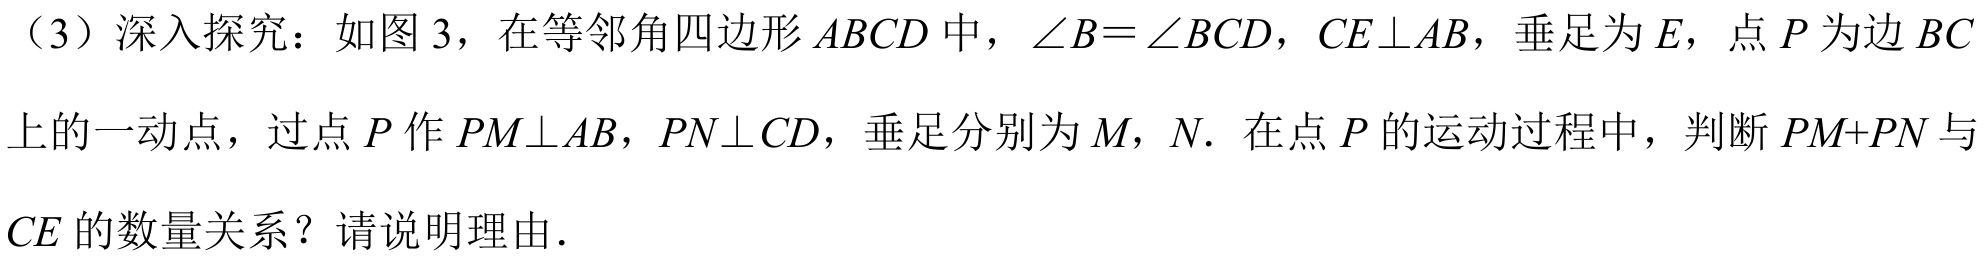
（3）深入探究：如图 3，在等邻角四边形 \(ABCD\) 中，\(\angle B=\angle BCD\)，\(CE\perp AB\)，垂足为 \(E\)，点 \(P\) 为边 \(BC\)上的一动点，过点 \(P\) 作 \(PM\perp AB\)，\(PN\perp CD\)，垂足分别为 \(M\)，\(N\). 在点 \(P\) 的运动过程中，判断 \(PM + PN\) 与 \(CE\) 的数量关系？请说明理由．